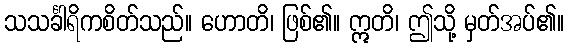
သသင်္ခါရိကစိတ်သည်။ ဟောတိ၊ ဖြစ်၏။ ဣတိ၊ ဤသို့ မှတ်အပ်၏။